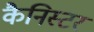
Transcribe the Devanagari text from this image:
कैनिस्टर